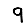
Digit: 9